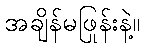
အချိန်မဖြုန်းနဲ့။